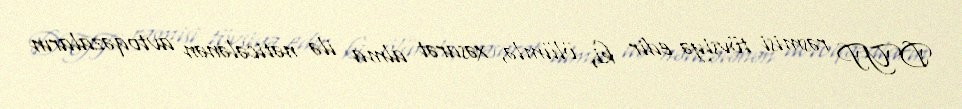
DYP rəsmisi tövsiyə edir ki, ölümlə, xəsarət alma ilə nəticələnən avtoqəzaların